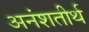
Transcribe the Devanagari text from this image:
अनंशतीर्थ